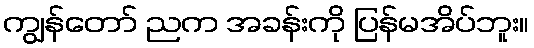
ကျွန်တော် ညက အခန်းကို ပြန်မအိပ်ဘူး။